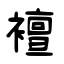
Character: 襢